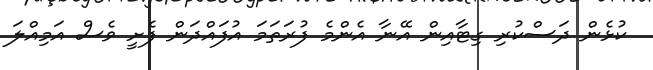
ކުޅެން ދަސްކުރި ގިޓާއިން އޭނާ އެންމެ ފުރަތަމަ އުފައްދަން ފެށީ ވެސް އަމިއްލަ